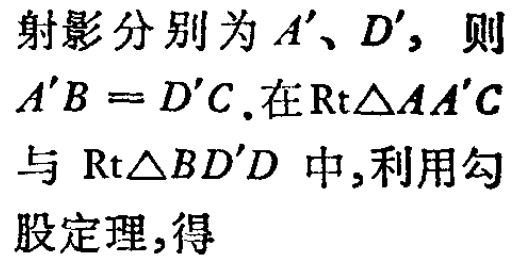
射影分别为 \(A'\)、\(D'\)，则 \(A'B = D'C\).在\(\mathrm{Rt}\triangle AA'C\) 与 \(\mathrm{Rt}\triangle BD'D\) 中,利用勾股定理,得